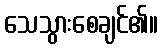
သေသွားစေချင်၏။